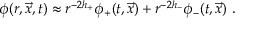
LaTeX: \phi ( r , \vec { x } , t ) \approx r ^ { - 2 h _ { + } } \phi _ { + } ( t , \vec { x } ) + r ^ { - 2 h _ { - } } \phi _ { - } ( t , \vec { x } ) \ .